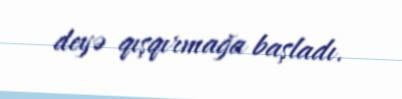
deyə qışqırmağa başladı.